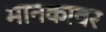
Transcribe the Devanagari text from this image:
मानकावर